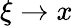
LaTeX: \xi\to x